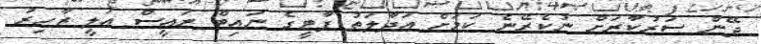
ދޭން ސަރުކާރަށް ނުކެރޭނެ ކަމަށް އަދާލަތު ޕާޓީގެ ނައިބް ރައީސް އަލީ ޒާހިރު